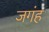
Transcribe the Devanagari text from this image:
जगंह